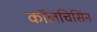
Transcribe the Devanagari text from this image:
कॉलचिसिन